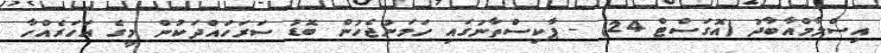
އިސްލާމްއާބާދު (އޮގަސްޓް 24) - ޕާކިސްތާނުގައި ހަމަނުޖެހުން ބޮޑު ސަރަހައްދަކުން މީގެ އަހަރެއްހާ